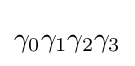
\gamma _{0}\gamma _{1}\gamma _{2}\gamma _{3}